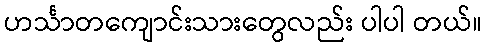
ဟင်္သာတကျောင်းသားတွေလည်း ပါပါ တယ်။